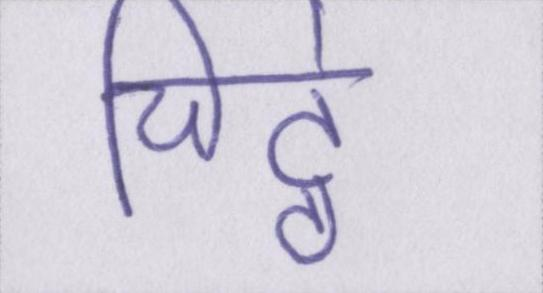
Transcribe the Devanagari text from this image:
चिट्ठे